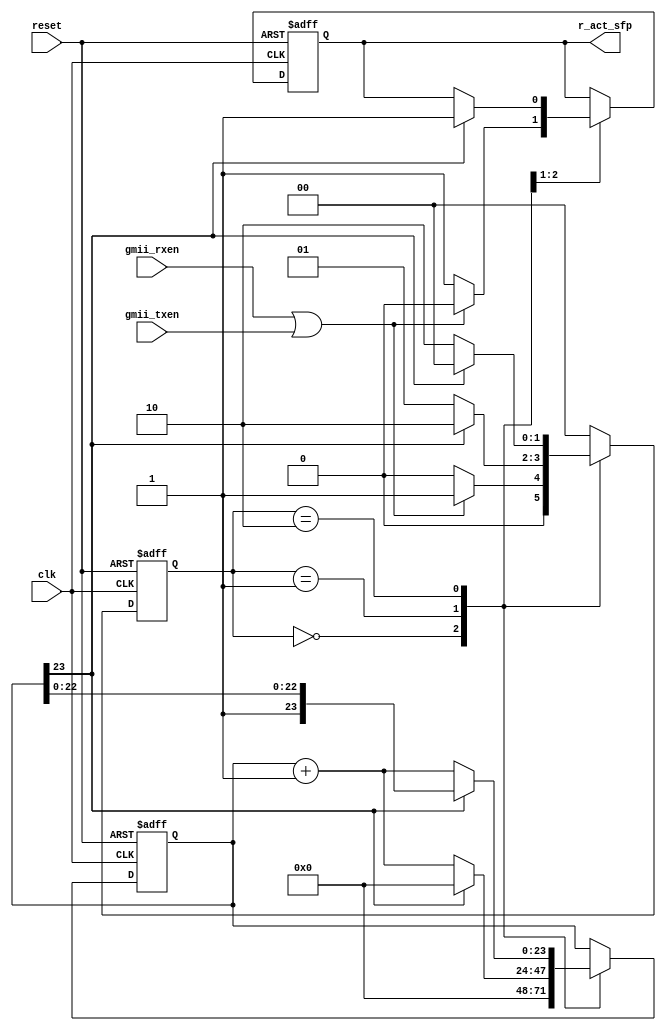
// This program was cloned from: https://github.com/FAST-Switch/fast
// License: Apache License 2.0

module act_led(
       clk,
reset,
gmii_rxen,
gmii_txen,
r_act_sfp);
input clk;
input reset;
input gmii_rxen;
input gmii_txen;
output r_act_sfp;

reg [23:0] count_led;
reg r_act_sfp;
reg  [1:0]current_state;
parameter idle=2'b0,
          first =2'b01,
          second=2'b10;

always@(posedge clk or negedge reset)
   if(!reset)
	 begin
	  count_led <= 24'b0;
	  r_act_sfp <= 1'b1;		  
	  current_state <= idle;  
	 end
	 else
	 begin
      case(current_state)
       idle:
           begin 
            count_led <= 24'b0;           
            if((gmii_rxen == 1'b1)||(gmii_txen == 1'b1))
             begin
              r_act_sfp <= 1'b0;
             
              current_state <= first;
             end
             else
              begin
               r_act_sfp <= 1'b1;
               current_state <= idle;
              end
           end
        first:
           begin
            count_led <= count_led+1'b1; 
             if(count_led[23] == 1'b1)
              begin
               r_act_sfp <= 1'b1;
               count_led <= 24'b0;
               current_state <= second;
              end
              else
              begin
               current_state <= first;
              end
           end
         second:
            begin
             if(count_led[23] == 1'b1)
              begin              
               current_state <= idle;
              end
              else
               begin
                count_led <= count_led+1'b1; 
                current_state <= second;
               end
            end
         default:
            begin
             current_state <= idle;
            end 
       endcase
     end
 endmodule